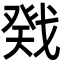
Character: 戣